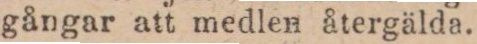
gångar att medlen återgälda.